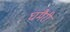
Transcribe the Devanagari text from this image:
घमैरी